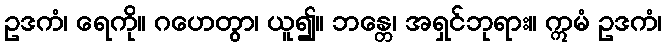
ဥဒကံ၊ ရေကို။ ဂဟေတွာ၊ ယူ၍။ ဘန္တေ၊ အရှင်ဘုရား။ ဣမံ ဥဒကံ၊